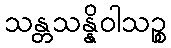
သန္တသန္နိဝါသဉ္စ